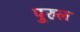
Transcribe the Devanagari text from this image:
पुरुल